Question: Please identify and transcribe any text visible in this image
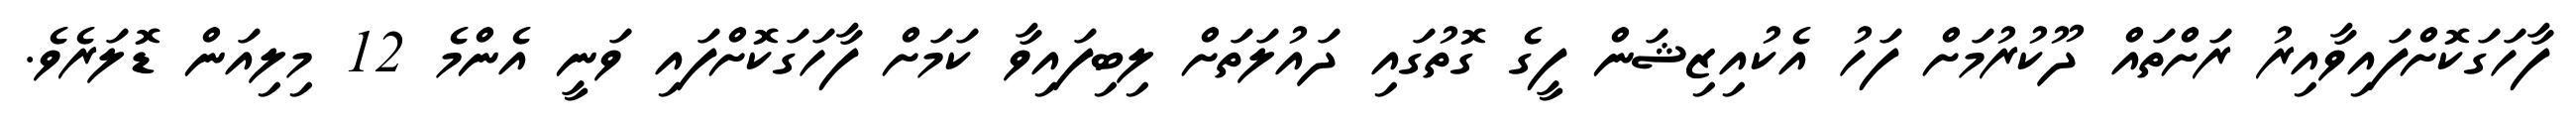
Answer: ފާހަގަކޮށްފައިވާއިރު ރަށްތައް ދޫކުރުމަށް ފަހު އެކުއިޒިޝަން ފީގެ ގޮތުގައި ދައުލަތަށް ލިބިފައިވާ ކަމަށް ފާހަގަކޮށްފައި ވަނީ އެންމެ 12 މިލިއަން ޑޮލަރެވެ.